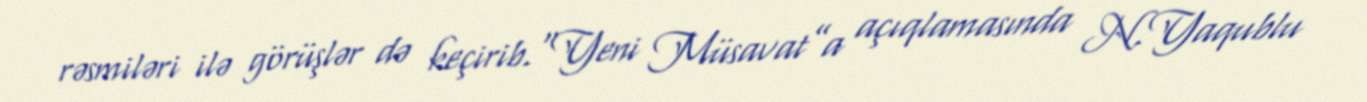
rəsmiləri ilə görüşlər də keçirib.“Yeni Müsavat”a açıqlamasında N.Yaqublu